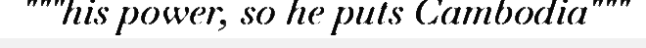
"""his power, so he puts Cambodia"""